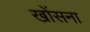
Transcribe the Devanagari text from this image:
खोंसना